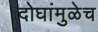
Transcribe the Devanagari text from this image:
दोघांमुळेच